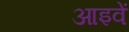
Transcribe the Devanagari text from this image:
आइवें